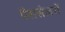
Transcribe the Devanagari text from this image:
पैरासेलरों